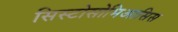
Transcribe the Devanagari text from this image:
सिस्टोसोमिआसिस